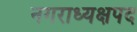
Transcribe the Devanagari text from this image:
नगराध्यक्षपद